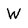
Character: W